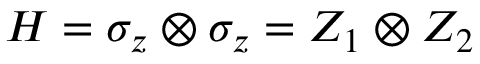
H = \sigma _ { z } \otimes \sigma _ { z } = Z _ { 1 } \otimes Z _ { 2 }